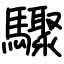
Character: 驟